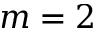
m = 2